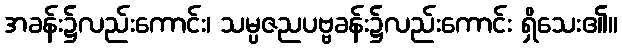
အခန်း၌လည်းကောင်း၊ သမ္ပဇညပဗ္ဗခန်း၌လည်းကောင်း ရှိသေး၏။